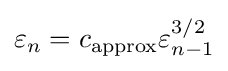
\varepsilon _{n}=c_{\text{approx}}\varepsilon _{n-1}^{3/2}